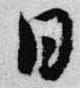
日